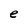
Character: e